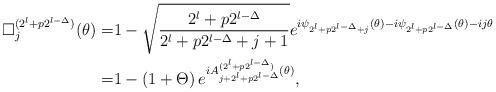
LaTeX: \begin{align*} \square_j^{(2^{l}+p 2^{l-\Delta} )}(\theta) = & 1- \sqrt{\frac{2^l+p2^{l-\Delta}}{2^l+p2^{l-\Delta} +j+1}} e^{i\psi_{ 2^{l}+p 2^{l-\Delta} + j}(\theta ) -i\psi_{ 2^{l}+p 2^{l-\Delta} }(\theta )-ij\theta }\\ = & 1- \left( 1 + \Theta \right) e^{i A_{j+ 2^{l}+p 2^{l-\Delta} }^{(2^{l}+p 2^{l-\Delta})}(\theta)},\end{align*}